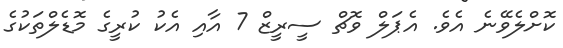
ކޮށްލެވޭނެ އެވެ. އެޕަލް ވޮޗް ސީރީޒް 7 އާއި އެކު ކުރީގެ މޮޑެލްތަކުގެ